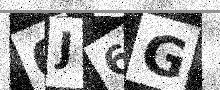
Text: 0J6G